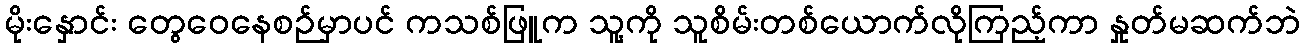
မိုးနှောင်း တွေဝေနေစဉ်မှာပင် ကသစ်ဖြူက သူ့ကို သူစိမ်းတစ်ယောက်လိုကြည့်ကာ နှုတ်မဆက်ဘဲ